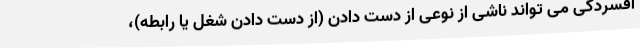
افسردگی می تواند ناشی از نوعی از دست دادن (از دست دادن شغل یا رابطه)،